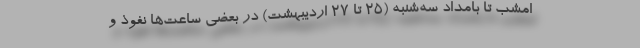
امشب تا بامداد سه‌شنبه (۲۵ تا ۲۷ اردیبهشت) در بعضی ساعت‌ها نفوذ و